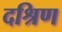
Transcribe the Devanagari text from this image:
दश्रिण